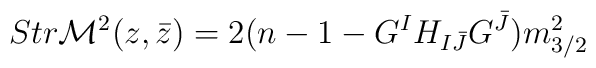
Str {\cal M}^2 (z, \bar z) = 2 ( n-1- G^{I} H_{I{\bar J}} G^{\bar J})m_{3/2}^2